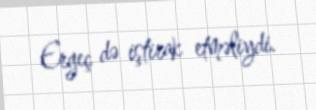
Ergeç də iştirak etməliydi.